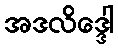
အဒလိဒ္ဒေါ